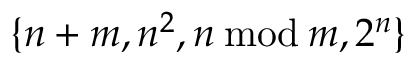
\{ n + m , n ^ { 2 } , n \, { \bmod { \, } } m , 2 ^ { n } \}